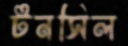
টনসিল